Annual administration report of the Civil Veterinary Department of India - 1895-1896
Year: 1895
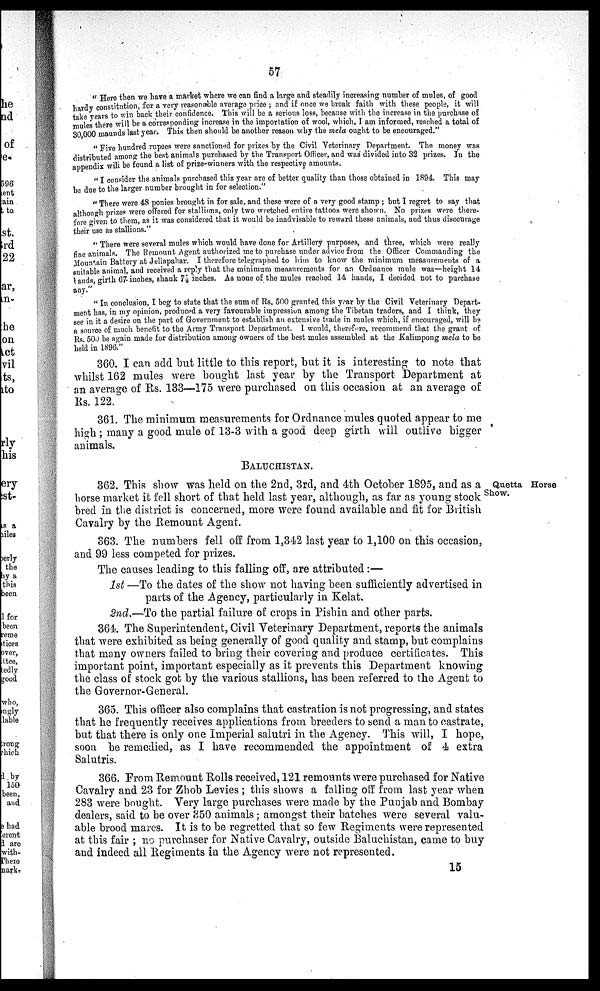
57
"Here then we have a market where we can find a large and steadily increasing number of mules, of good
hardy constitution, for a very reasonable average price; and if: once we break faith with these people, it will
take years to win back their confidence. This will be a serious loss, because with the increase in the purchase of
mules there will be a corresponding increase in the importation of wool, which, I am informed, reached a total of
30,000 maunds last year. This then should be another reason why the mela ought to be encouraged."
"Five hundred rupees were sanctioned for prizes by the Civil Veterinary Department. The money was
distributed among the best animals purchased by the Transport Officer, and was divided into 32 prizes. In the
appendix will be found a list of: prize-winners with the respective amounts.
"I consider the animals purchased this year are of better quality than those obtained in 1894. This may
be due to the larger number brought in for selection."
"There were 48 ponies brought in for sale, and these were of a very good stamp ; but I regret to say that
although prizes were offered for stallions, only two wretched entire tattoos were shown. No prizes were there-
fore given to them, as it was considered that it would be inadvisable to reward these animals, and thus discourage
their use as stallions."
" There were several mules which would have done for Artillery purposes, and three, which were really
fine animals. The Remount Agent authorized me to purchase under advice from the Officer Commanding the
Mountain Battery at Jellapahar. I therefore telegraphed to him to know the minimum measurements of a
suitable animal, and received a reply that the minimum measurements for an Ordnance mule was—height 14
hands, girth 67 inches, shank 7½ inches. As none of the mules reached 14 hands, I decided not to purchase
any."
" In conclusion, I beg to state that the sum of Rs, 500 granted this year by the Civil Veterinary Depart-
ment has. in my opinion, produced a very favourable impression among the Tibetan traders, and I think, they
see in it a desire on the part of Government to establish an extensive trade in mules which, if encouraged, will be
a source of much benefit to the Army Transport Department. I would, therefore, recommend that the grant of
Rs. 500 be again made for distribution among owners of the best mules assembled at the Kalimpong mela to be
held in 1896."
360. I can add but little to this report, but it is interesting to note that
whilst 162 mules were bought last year by the Transport Department at
an average of Rs. 133—175 were purchased on this occasion at an average of
Rs. 122.
361. The minimum measurements for Ordnance mules quoted appear to me
high; many a good mule of 13-3 with a good deep girth will outlive bigger
animals.
BALUCHISTAN.
Quetta Horse
Show.
362. This show was held on the 2nd, 3rd, and 4th October 1895, and as a
horse market it fell short of that held last year, although, as far as young stock
bred in the district is concerned, more were found available and fit for British
Cavalry by the Remount Agent.
363. The numbers fell off from 1,342 last year to 1,100 on this occasion,
and 99 less competed for prizes.
The causes leading to this falling off, are attributed:—
1st —To the dates of the show not having been sufficiently advertised in
parts of the Agency, particularly in Kelat.
2nd.—To the partial failure of crops in Pishin and other parts.
364. The Superintendent, Civil Veterinary Department, reports the animals
that were exhibited as being generally of good quality and stamp, but complains
that many owners failed to bring their covering and produce certificates. This
important point, important especially as it prevents this Department knowing
the class of stock got by the various stallions, has been referred to the Agent to
the Governor-General.
365. This officer also complains that castration is not progressing, and states
that he frequently receives applications from breeders to send a man to castrate,
but that there is only one Imperial salutri in the Agency. This will, I hope,
soon be remedied, as I have recommended the appointment of 4 extra
Salutris.
366. From Remount Rolls received, 121 remounts were purchased for Native
Cavalry and 23 for Zhob Levies; this shows a falling off from last year when
283 were bought. Very large purchases were made by the Punjab and Bombay
dealers, said to be over 350 animals; amongst their batches were several valu-
able brood mares. It is to be regretted that so few Regiments were represented
at this fair; no purchaser for Native Cavalry, outside Baluchistan, came to buy
and indeed all Regiments in the Agency were not represented.
15